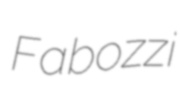
Fabozzi